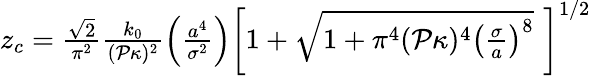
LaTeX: \begin{array}{r}{z_{c}=\frac{\sqrt{2}}{\pi^{2}}\frac{k_{0}}{(\mathcal{P}\kappa)^{2}}\left(\frac{a^{4}}{\sigma^{2}}\right)\left[1+\sqrt{1+\pi^{4}(\mathcal{P}\kappa)^{4}\left(\frac{\sigma}{a}\right)^{8}}\, \, \right]^{1/2}}\end{array}